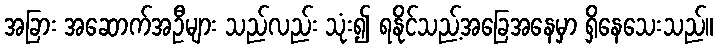
အခြား အဆောက်အဦများ သည်လည်း သုံး၍ ရနိုင်သည့်အခြေအနေမှာ ရှိနေသေးသည်။